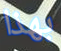
بهذا